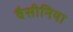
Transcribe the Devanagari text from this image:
वैसीनिया